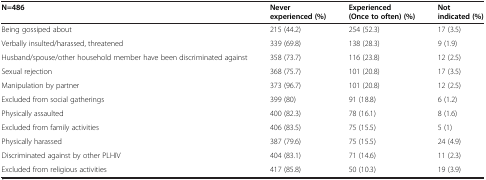
<table><thead><tr><td><b>N=486</b></td><td><b>Never experienced (%)</b></td><td><b>Experienced (Once to often) (%)</b></td><td><b>Not indicated (%)</b></td></tr></thead><tbody><tr><td>Being gossiped about</td><td>215 (44.2)</td><td>254 (52.3)</td><td>17 (3.5)</td></tr><tr><td>Verbally insulted/harassed, threatened</td><td>339 (69.8)</td><td>138 (28.3)</td><td>9 (1.9)</td></tr><tr><td>Husband/spouse/other household member have been discriminated against</td><td>358 (73.7)</td><td>116 (23.8)</td><td>12 (2.5)</td></tr><tr><td>Sexual rejection</td><td>368 (75.7)</td><td>101 (20.8)</td><td>17 (3.5)</td></tr><tr><td>Manipulation by partner</td><td>373 (96.7)</td><td>101 (20.8)</td><td>12 (2.5)</td></tr><tr><td>Excluded from social gatherings</td><td>399 (80)</td><td>91 (18.8)</td><td>6 (1.2)</td></tr><tr><td>Physically assaulted</td><td>400 (82.3)</td><td>78 (16.1)</td><td>8 (1.6)</td></tr><tr><td>Excluded from family activities</td><td>406 (83.5)</td><td>75 (15.5)</td><td>5 (1)</td></tr><tr><td>Physically harassed</td><td>387 (79.6)</td><td>75 (15.5)</td><td>24 (4.9)</td></tr><tr><td>Discriminated against by other PLHIV</td><td>404 (83.1)</td><td>71 (14.6)</td><td>11 (2.3)</td></tr><tr><td>Excluded from religious activities</td><td>417 (85.8)</td><td>50 (10.3)</td><td>19 (3.9)</td></tr></tbody></table>